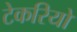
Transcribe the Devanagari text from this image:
टेकरियो